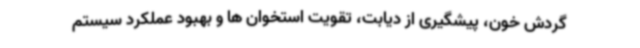
گردش خون، پیشگیری از دیابت، تقویت استخوان ها و بهبود عملکرد سیستم